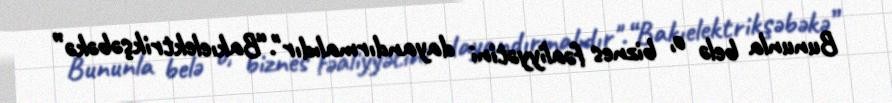
Bununla belə o, biznes fəaliyyətini dayandırmalıdır".“Bakıelektrikşəbəkə”